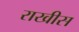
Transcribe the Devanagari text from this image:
राखीस